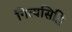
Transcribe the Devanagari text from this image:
नित्यसिद्धि